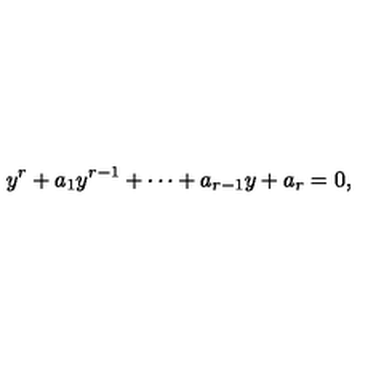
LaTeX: y ^ { r } + a _ { 1 } y ^ { r - 1 } + \cdots + a _ { r - 1 } y + a _ { r } = 0 ,